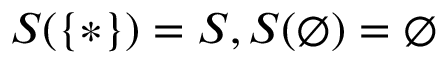
S ( \{ * \} ) = S , S ( \emptyset ) = \emptyset